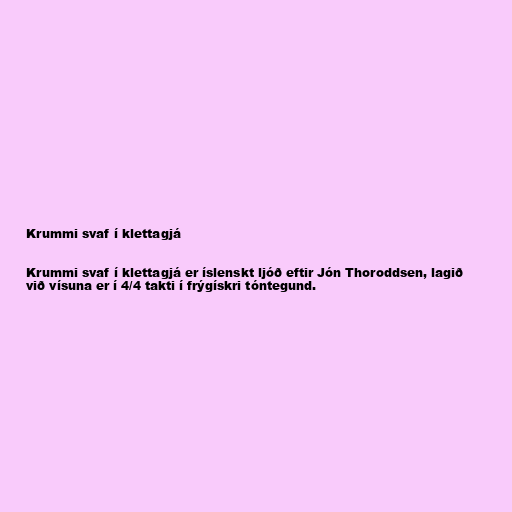
Krummi svaf í klettagjá

Krummi svaf í klettagjá er íslenskt ljóð eftir Jón Thoroddsen, lagið
við vísuna er í 4/4 takti í frýgískri tóntegund.